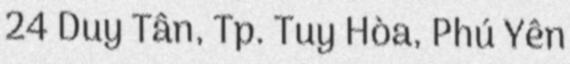
24 Duy Tân, Tp. Tuy Hòa, Phú Yên